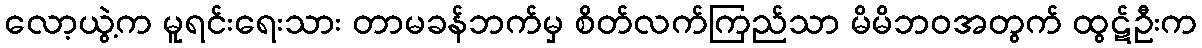
လော့ယွဲ့က မူရင်းရေးသား တာမခန်ဘက်မှ စိတ်လက်ကြည်သာ မိမိဘဝအတွက် ထွဋ်ဦးက